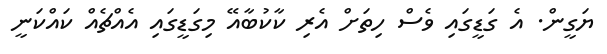
ޔަގީން. އެ ގަޑީގައި ވެސް ހިތަށް އެރި ކާކުބާއޭ މިގަޑީގައި އެއްޗެއް ކައްކަނީ